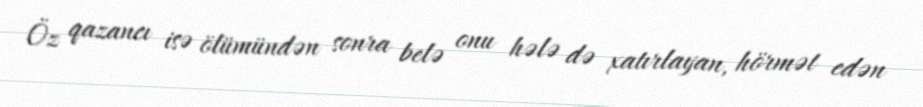
Öz qazancı isə ölümündən sonra belə onu hələ də xatırlayan, hörmət edən